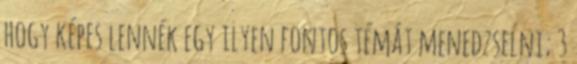
hogy képes lennék egy ilyen fontos témát menedzselni; 3